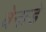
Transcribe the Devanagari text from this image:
बेनाडे